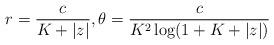
LaTeX: \begin{align*}r = \frac{c}{K+|z|}, \theta = \frac{c}{K^2\log(1+K+|z|)} \end{align*}